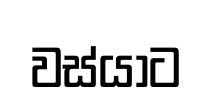
වස්යාට